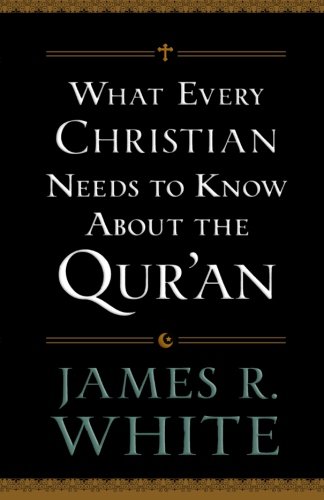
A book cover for What Every Christian Needs to Know About the Qur'an; James R. White; Christian Books & Bibles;